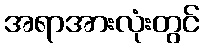
အရာအားလုံးတွင်